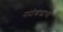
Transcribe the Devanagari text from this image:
नांदीश्राद्धाचा